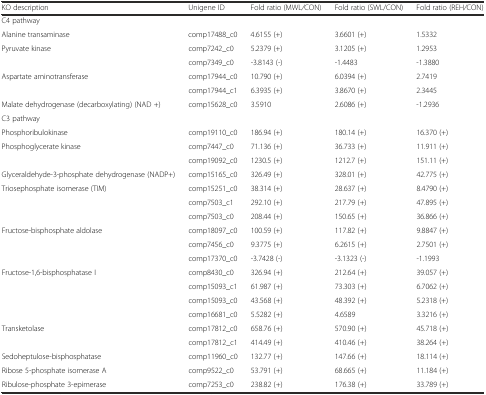
<table><thead><tr><td><b>KO description</b></td><td><b>Unigene ID</b></td><td><b>Fold ratio (MWL<i>/</i>CON)</b></td><td><b>Fold ratio (SWL/CON)</b></td><td><b>Fold ratio (REH<i>/</i>CON)</b></td></tr></thead><tbody><tr><td>C4 pathway</td><td></td><td></td><td></td><td></td></tr><tr><td>Alanine transaminase</td><td>comp17488_c0</td><td>4.6155 (+)</td><td>3.6601 (+)</td><td>1.5332</td></tr><tr><td>Pyruvate kinase</td><td>comp7242_c0</td><td>5.2379 (+)</td><td>3.1205 (+)</td><td>1.2953</td></tr><tr><td></td><td>comp7349_c0</td><td>-3.8143 (-)</td><td>-1.4483</td><td>-1.3880</td></tr><tr><td>Aspartate aminotransferase</td><td>comp17944_c0</td><td>10.790 (+)</td><td>6.0394 (+)</td><td>2.7419</td></tr><tr><td></td><td>comp17944_c1</td><td>6.3935 (+)</td><td>3.8670 (+)</td><td>2.3445</td></tr><tr><td>Malate dehydrogenase (decarboxylating) (NAD +)</td><td>comp15628_c0</td><td>3.5910</td><td>2.6086 (+)</td><td>-1.2936</td></tr><tr><td>C3 pathway</td><td></td><td></td><td></td><td></td></tr><tr><td>Phosphoribulokinase</td><td>comp19110_c0</td><td>186.94 (+)</td><td>180.14 (+)</td><td>16.370 (+)</td></tr><tr><td>Phosphoglycerate kinase</td><td>comp7447_c0</td><td>71.136 (+)</td><td>36.733 (+)</td><td>11.911 (+)</td></tr><tr><td></td><td>comp19092_c0</td><td>1230.5 (+)</td><td>1212.7 (+)</td><td>151.11 (+)</td></tr><tr><td>Glyceraldehyde-3-phosphate dehydrogenase (NADP+)</td><td>comp15165_c0</td><td>326.49 (+)</td><td>328.01 (+)</td><td>42.775 (+)</td></tr><tr><td>Triosephosphate isomerase (TIM)</td><td>comp15251_c0</td><td>38.314 (+)</td><td>28.637 (+)</td><td>8.4790 (+)</td></tr><tr><td></td><td>comp7503_c1</td><td>292.10 (+)</td><td>217.79 (+)</td><td>47.895 (+)</td></tr><tr><td></td><td>comp7503_c0</td><td>208.44 (+)</td><td>150.65 (+)</td><td>36.866 (+)</td></tr><tr><td>Fructose-bisphosphate aldolase</td><td>comp18097_c0</td><td>100.59 (+)</td><td>117.82 (+)</td><td>9.8847 (+)</td></tr><tr><td></td><td>comp7456_c0</td><td>9.3775 (+)</td><td>6.2615 (+)</td><td>2.7501 (+)</td></tr><tr><td></td><td>comp17370_c0</td><td>-3.7428 (-)</td><td>-3.1323 (-)</td><td>-1.1993</td></tr><tr><td>Fructose-1,6-bisphosphatase I</td><td>comp8430_c0</td><td>326.94 (+)</td><td>212.64 (+)</td><td>39.057 (+)</td></tr><tr><td></td><td>comp15093_c1</td><td>61.987 (+)</td><td>73.303 (+)</td><td>6.7062 (+)</td></tr><tr><td></td><td>comp15093_c0</td><td>43.568 (+)</td><td>48.392 (+)</td><td>5.2318 (+)</td></tr><tr><td></td><td>comp16681_c0</td><td>5.5282 (+)</td><td>4.6589</td><td>3.3216 (+)</td></tr><tr><td>Transketolase</td><td>comp17812_c0</td><td>658.76 (+)</td><td>570.90 (+)</td><td>45.718 (+)</td></tr><tr><td></td><td>comp17812_c1</td><td>414.49 (+)</td><td>410.46 (+)</td><td>38.264 (+)</td></tr><tr><td>Sedoheptulose-bisphosphatase</td><td>comp11960_c0</td><td>132.77 (+)</td><td>147.66 (+)</td><td>18.114 (+)</td></tr><tr><td>Ribose 5-phosphate isomerase A</td><td>comp9522_c0</td><td>53.791 (+)</td><td>68.665 (+)</td><td>11.184 (+)</td></tr><tr><td>Ribulose-phosphate 3-epimerase</td><td>comp7253_c0</td><td>238.82 (+)</td><td>176.38 (+)</td><td>33.789 (+)</td></tr></tbody></table>